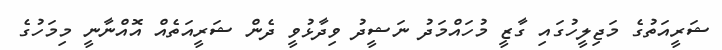
ޝަރީއަތުގެ މަޖިލީހުގައި ގާޒީ މުހައްމަދު ނަޝީދު ވިދާޅުވީ ދެން ޝަރީއަތެއް އޮއްނާނީ މިމަހުގެ